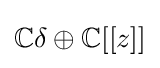
\mathbb {C} \delta \oplus \mathbb {C} [[z]]